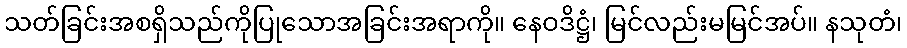
သတ်ခြင်းအစရှိသည်ကိုပြုသောအခြင်းအရာကို။ နေဝဒိဋ္ဌံ၊ မြင်လည်းမမြင်အပ်။ နသုတံ၊